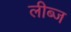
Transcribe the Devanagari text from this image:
लीब्ज